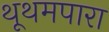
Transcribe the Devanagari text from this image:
थूथमपारा